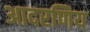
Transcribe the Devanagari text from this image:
आदरणिय